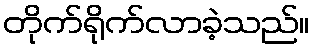
တိုက်ရိုက်လာခဲ့သည်။